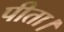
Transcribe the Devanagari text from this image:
पीता।